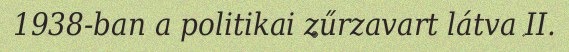
1938-ban a politikai zűrzavart látva II.